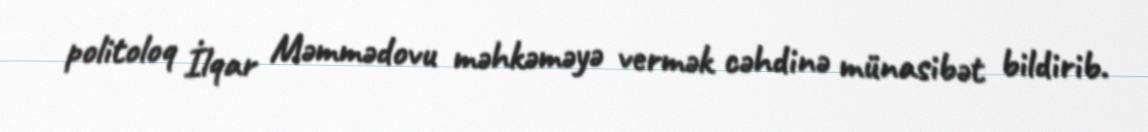
politoloq İlqar Məmmədovu məhkəməyə vermək cəhdinə münasibət bildirib.